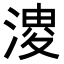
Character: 𭱬